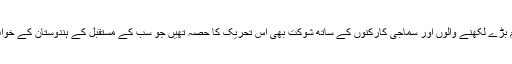
یوں کہیں کہ اس وقت کے تمام بڑے لکھنے والوں اور سماجی کارکنوں کے ساتھ شوکت بھی اس تحریک کا حصہ تھیں جو سب کے مستقبل کے ہندوستان کے خواب کی تعبیر کرنا چاہتے تھے۔